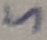
Text: 5